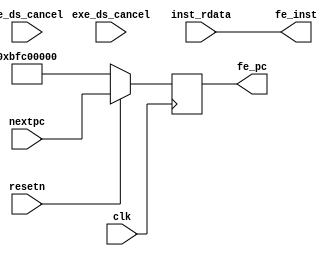
module fetch_stage(
    input  wire        clk,
    input  wire        resetn,

    input  wire [31:0] nextpc,

    //input  wire [31:0] inst_sram_rdata,
    input  wire [31:0] inst_rdata,

    output reg  [31:0] fe_pc,           //fetch_stage pc
    output wire [31:0] fe_inst,         //instr code sent from fetch_stage

    input wire         de_ds_cancel,
    input wire         exe_ds_cancel    
);

    always @(posedge clk) begin
      if(~resetn) fe_pc <= 32'hbfc00000;
      else fe_pc <= nextpc;
    end
    //////assign fe_pc = 0xbfc00380;

   assign fe_inst = /*(de_ds_cancel || exe_ds_cancel) ? 32'b0 : */inst_rdata;  

endmodule //fetch_stage